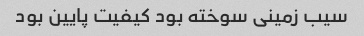
سیب زمینی سوخته بود کیفیت پایین بود